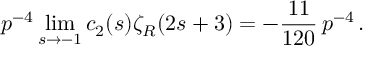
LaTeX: p ^ { - 4 } \operatorname * { l i m } _ { s \to - 1 } c _ { 2 } ( s ) \zeta _ { R } ( 2 s + 3 ) = - \frac { 1 1 } { 1 2 0 } \, p ^ { - 4 } \, .